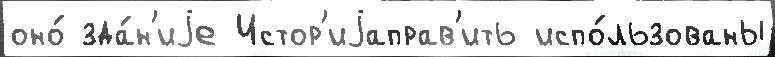
оно́ зда́н'иjе Истор'иjаправ'ить испо́льзованы